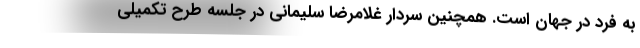
به فرد در جهان است. همچنین سردار غلامرضا سلیمانی در جلسه طرح تکمیلی